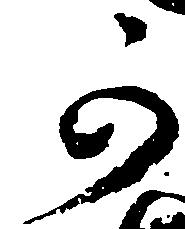
可